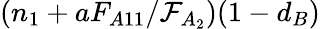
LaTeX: (n_{1}+aF_{A11}/\mathcal{F}_{A_{2}})(1-d_{B})